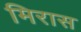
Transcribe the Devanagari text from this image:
मिरास